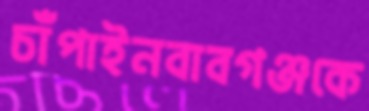
চাঁপাইনবাবগঞ্জকে